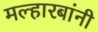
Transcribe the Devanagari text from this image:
मल्हारबांनी